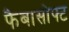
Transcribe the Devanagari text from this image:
फैबासोफ्ट